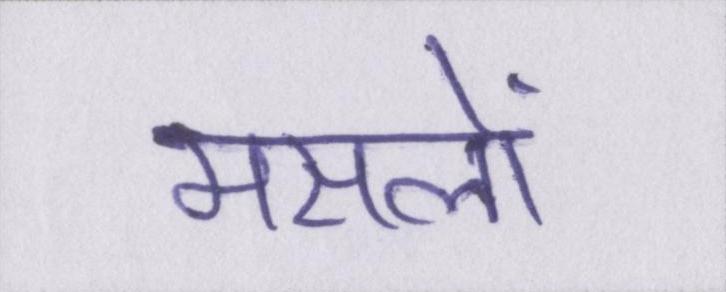
मसलों